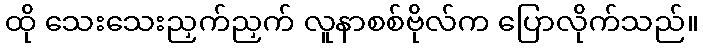
ထို သေးသေးညှက်ညှက် လူနာစစ်ဗိုလ်က ပြောလိုက်သည်။